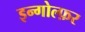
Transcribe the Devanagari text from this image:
इन्गोल्फ़र